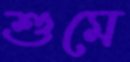
শুমে